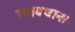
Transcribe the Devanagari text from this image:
समवधान।